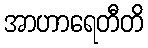
အာဟာရေတီတိ